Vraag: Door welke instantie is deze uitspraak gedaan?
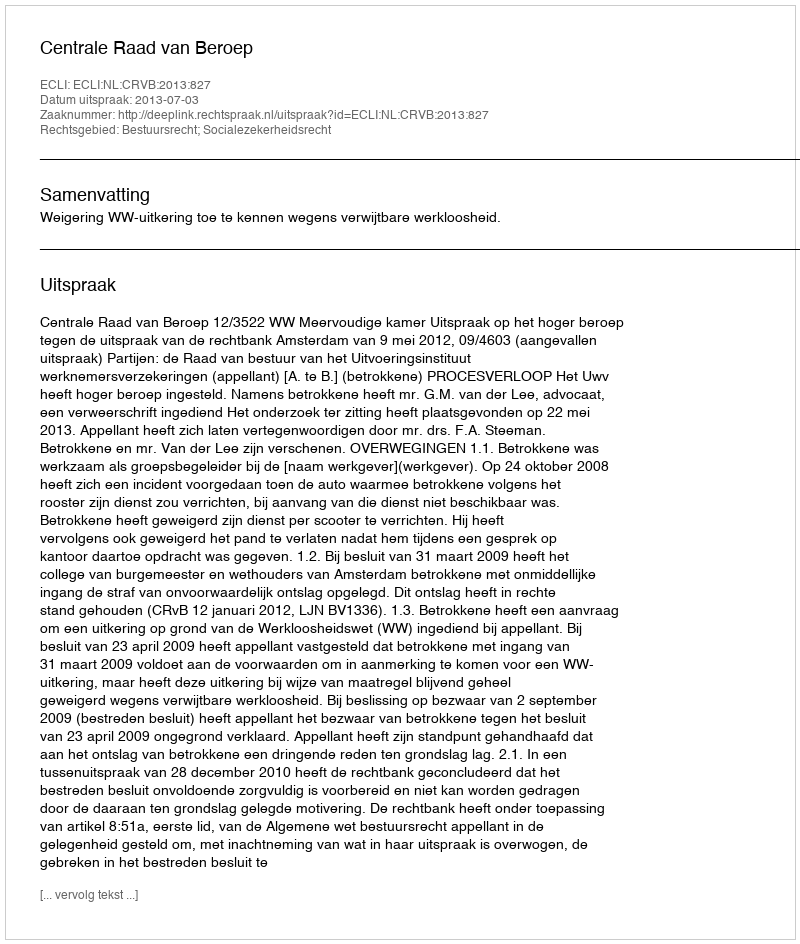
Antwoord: Centrale Raad van Beroep